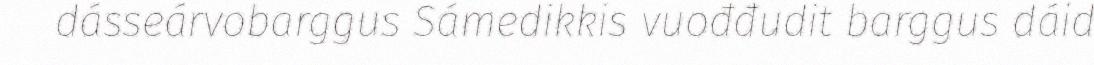
dásseárvobarggus Sámedikkis vuođđudit barggus dáid